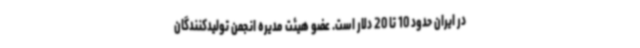
در ایران حدود 10 تا 20 دلار است. عضو هیئت مدیره انجمن تولیدکنندگان